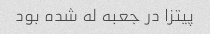
پیتزا در جعبه له شده بود